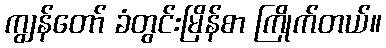
ကျွန်တော် ခံတွင်းမြိန်စာ ကြိုက်တယ်။